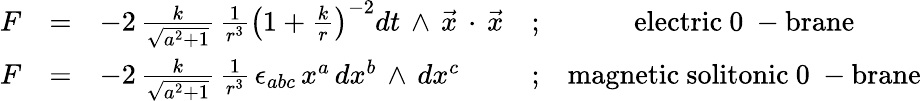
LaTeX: \begin{array}{rclcc}{{F}}&{{=}}&{{-2\, \frac{k}{\sqrt{a^{2}+1}}\, \frac{1}{r^{3}}\left(1+\frac{k}{r}\right)^{-2}dt\, \wedge\, {\vec{x}}\, \cdot\, {\vec{x}}}}&{{;}}&{{\mathrm{electric~0~-brane}}}\\ {{{F}}}&{{=}}&{{-2\, \frac{k}{\sqrt{a^{2}+1}}\, \frac{1}{r^{3}}\, \epsilon_{abc}\, x^{a}\, dx^{b}\, \wedge\, dx^{c}}}&{{;}}&{{\mathrm{magnetic~solitonic~0~-brane}}}\end{array}